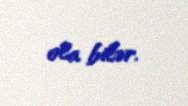
ola bilər.